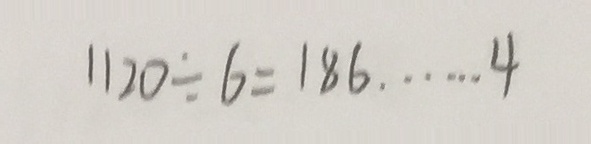
1 1 2 0 \div 6 = 1 8 6 \dot s \dot s 4